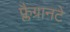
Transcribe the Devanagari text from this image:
फ्लैग्रानटे